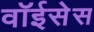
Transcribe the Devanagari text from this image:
वॉईसेस